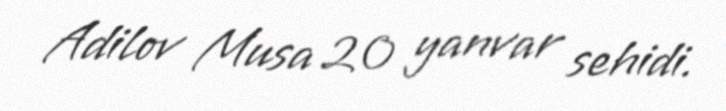
Adilov Musa 20 yanvar sehidi.